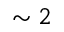
\sim 2